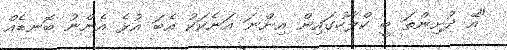
"އޭ ދުށިންތަ ބީ ކްލާހުގައިން އިންނަ އަނެކަކު އެބަ އުޅެ އެންނު ބޮނޑެއް